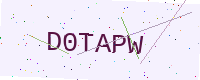
Text: D0TAPW